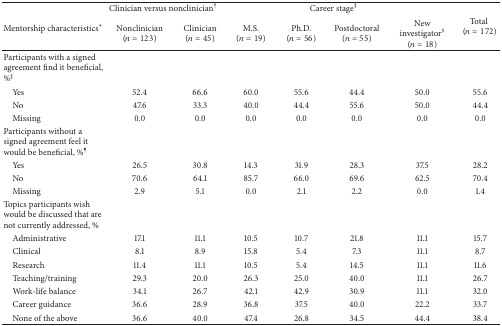
<table><thead><tr><td rowspan="2"><b>Mentorship characteristics<sup><i>∗</i></sup></b></td><td colspan="2"><b> Clinician versus nonclinician<sup>†</sup></b></td><td colspan="4"><b> Career stage<sup>‡</sup></b></td><td rowspan="2"><b>Total (<i>n</i> = 172) </b></td></tr><tr><td><b>Nonclinician (<i>n</i> = 123)</b></td><td><b>Clinician (<i>n</i> = 45)</b></td><td><b>M.S. (<i>n</i> = 19)</b></td><td><b>Ph.D. (<i>n</i> = 56)</b></td><td><b>Postdoctoral (<i>n</i> = 55)</b></td><td><b>New investigator<sup>§</sup> (<i>n</i> = 18)</b></td></tr></thead><tbody><tr><td>Participants with a signed agreement find it beneficial, %<sup>||</sup></td><td> </td><td> </td><td> </td><td> </td><td> </td><td> </td><td> </td></tr><tr><td> Yes</td><td>52.4</td><td>66.6</td><td>60.0</td><td>55.6</td><td>44.4</td><td>50.0</td><td>55.6</td></tr><tr><td> No</td><td>47.6</td><td>33.3</td><td>40.0</td><td>44.4</td><td>55.6</td><td>50.0</td><td>44.4</td></tr><tr><td> Missing</td><td>0.0</td><td>0.0</td><td>0.0</td><td>0.0</td><td>0.0</td><td>0.0</td><td>0.0</td></tr><tr><td>Participants without a signed agreement feel it would be beneficial, %<sup>¶</sup></td><td> </td><td> </td><td> </td><td> </td><td> </td><td> </td><td> </td></tr><tr><td> Yes</td><td>26.5</td><td>30.8</td><td>14.3</td><td>31.9</td><td>28.3</td><td>37.5</td><td>28.2</td></tr><tr><td> No</td><td>70.6</td><td>64.1</td><td>85.7</td><td>66.0</td><td>69.6</td><td>62.5</td><td>70.4</td></tr><tr><td> Missing</td><td>2.9</td><td>5.1</td><td>0.0</td><td>2.1</td><td>2.2</td><td>0.0</td><td>1.4</td></tr><tr><td>Topics participants wish would be discussed that are not currently addressed, %</td><td> </td><td> </td><td> </td><td> </td><td> </td><td> </td><td> </td></tr><tr><td> Administrative</td><td>17.1</td><td>11.1</td><td>10.5</td><td>10.7</td><td>21.8</td><td>11.1</td><td>15.7</td></tr><tr><td> Clinical</td><td>8.1</td><td>8.9</td><td>15.8</td><td>5.4</td><td>7.3</td><td>11.1</td><td>8.7</td></tr><tr><td> Research</td><td>11.4</td><td>11.1</td><td>10.5</td><td>5.4</td><td>14.5</td><td>11.1</td><td>11.6</td></tr><tr><td> Teaching/training</td><td>29.3</td><td>20.0</td><td>26.3</td><td>25.0</td><td>40.0</td><td>11.1</td><td>26.7</td></tr><tr><td> Work-life balance</td><td>34.1</td><td>26.7</td><td>42.1</td><td>42.9</td><td>30.9</td><td>11.1</td><td>32.0</td></tr><tr><td> Career guidance</td><td>36.6</td><td>28.9</td><td>36.8</td><td>37.5</td><td>40.0</td><td>22.2</td><td>33.7</td></tr><tr><td> None of the above</td><td>36.6</td><td>40.0</td><td>47.4</td><td>26.8</td><td>34.5</td><td>44.4</td><td>38.4</td></tr></tbody></table>